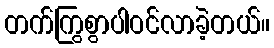
တက်ကြွစွာပါဝင်လာခဲ့တယ်။